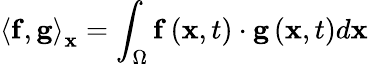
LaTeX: {\left\langle{{\mathbf{f}},{\mathbf{g}}}\right\rangle_{\mathbf{x}}}=\int_{\Omega}{{\mathbf{f}}\left({{\mathbf{x}},t}\right)\cdot{\mathbf{g}}\left({{\mathbf{x}},t}\right)d{\mathbf{x}}}